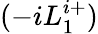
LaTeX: (-iL_{1}^{i+})